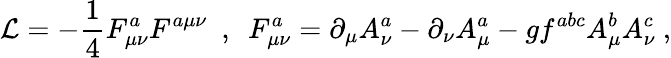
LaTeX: {\cal L}=-\frac{1}{4}F_{\mu\nu}^{a}F^{a\mu\nu}\ \ ,\ \ F_{\mu\nu}^{a}=\partial_{\mu}A_{\nu}^{a}-\partial_{\nu}A_{\mu}^{a}-gf^{abc}A_{\mu}^{b}A_{\nu}^{c}\ ,